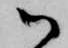
御